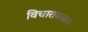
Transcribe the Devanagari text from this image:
विचारावयास